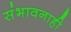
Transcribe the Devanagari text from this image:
संभावनाही